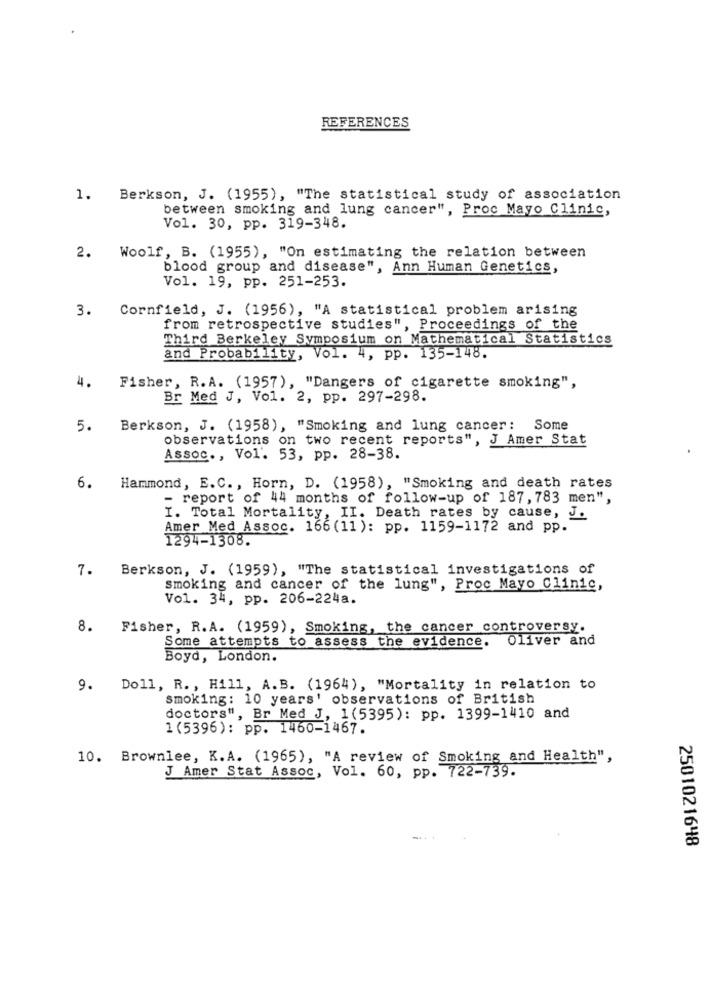
REFERENCES
1. Berkson, J. (1955), "The statistical study of association
between smoking and lung cancer", Proc Mayo Clinic,
Vol. 30, pp. 319-348.
2.
Woolf, B. (1955), "On estimating the relation between
blood group and disease", Ann Human Genetics,
Vol. 19, pp. 251-253.
3.
Cornfield, J. (1956), "A statistical problem arising
from retrospective studies", Proceedings of the
Third Berkeley Symposium on Mathematical Statistics
and Probability, Vol. 4, pp. 135-148.
4.
Fisher, R.A. (1957), "Dangers of cigarette smoking",
Br Med J, Vol. 2, pp. 297-298.
5.
Berkson, J. (1958), "Smoking and lung cancer: Some
observations on two recent reports", J Amer Stat
Assoc ., Vol. 53, pp. 28-38.
6.
Hammond, E.C ., Horn, D. (1958), "Smoking and death rates
- report of 44 months of follow-up of 187, 783 men",
I. Total Mortality, II. Death rates by cause, J.
Amer Med Assoc. 166 (11 ): pp. 1159-1172 and pp.
1294-1308.
Berkson, J. (1959), "The statistical investigations of
7.
smoking and cancer of the lung", Proc Mayo Clinic,
Vol. 34, pp. 206-224a.
8.
Fisher, R.A. (1959), Smoking, the cancer controversy.
Some attempts to assess the evidence. Oliver and
Boyd, London.
9. Doll, R. , Hill, A.B. (1964), "Mortality in relation to
smoking: 10 years' observations of British
doctors", Br Med J, 1(5395): pp. 1399-1410 and
1(5396): pp. 1460-1467.
10. Brownlee, K.A. (1965), "A review of Smoking and Health",
J Amer Stat Assoc, Vol. 60, pp. 722-739.
2501021648